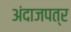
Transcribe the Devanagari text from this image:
अंदाजपत्र